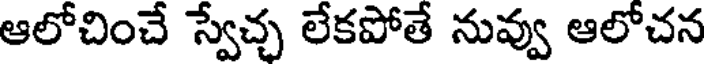
ఆలోచించే స్వేచ్చ లేకపోతే నువ్వు ఆలోచన